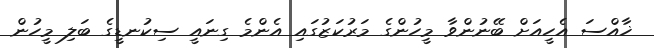
ޚާއްސަ އެހީއަށް ބޭނުންވާ މީހުންގެ މަރުކަޒުގައި އެންމެ ގިނައީ ސިކުނޑީގެ ބަލި މީހުން